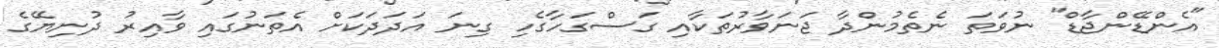
"އެންޑޭންޖާޑް" ނުވަތަ ނެތެމުންދާ ޖަނަވާރުތަކާއި ގަސްގަހާގެހި ގިނަ އަދަދަކަށް އެތަނުގައި ވާއިރު ދުނިޔޭގެ